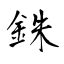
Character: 銖